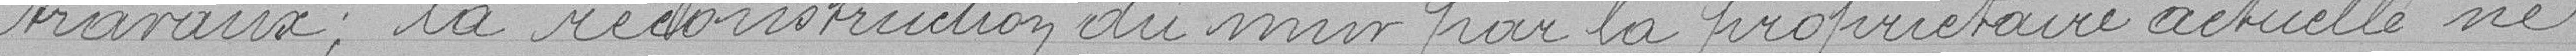
travaux; la reconstruction du mur par la propriétaire actuelle ne